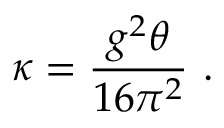
\kappa = { \frac { g ^ { 2 } \theta } { 1 6 \pi ^ { 2 } } } \ .